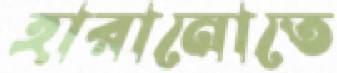
হারানোতে